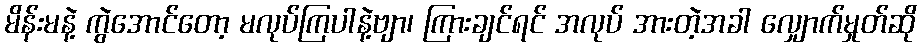
မိန်းမနဲ့ ကွဲအောင်တော့ မလုပ်ကြပါနဲ့ဗျာ၊ ကြားချင်ရင် အလုပ် အားတဲ့အခါ လျှောက်မှုတ်ဆို